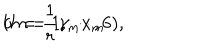
U = \frac 1 r \gamma _ { m } x _ { m } \hspace { 1 c m } ( m = 1 , \cdots , 6 ) ,